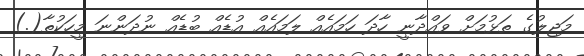
މަޖިލުގެ ތަޅުމަށް ވައްދާނީ ހާދަ ހަމައެއް ލަމައެއް އުޑެއް ބުޑެއް ނުދަންނަ މީހަކުތާ(.)